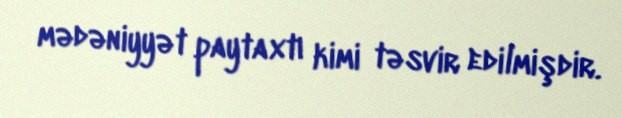
mədəniyyət paytaxtı kimi təsvir edilmişdir.